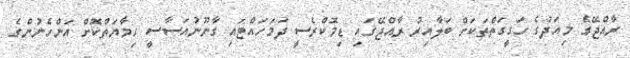
ރާއްޖޭގެ މިއަދުގެ ހަގީގަތްތަކަށް ބަލާއިރު ރާއްޖޭގައި ޑިމޮކްރެސީ ދަމަހައްޓައި ގާނޫނުއަސާސީ ހިމާޔަތްކޮށް އަންހެނުންގެ